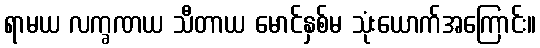
ရာမယ လက္ခဏယ သီတာယ မောင်နှစ်မ သုံးယောက်အကြောင်း။